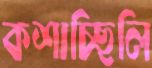
কশাচ্ছিলি